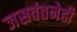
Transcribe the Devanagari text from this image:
जसवंतनेही